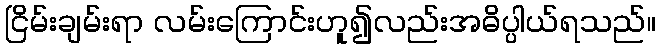
ငြိမ်းချမ်းရာ လမ်းကြောင်းဟူ၍လည်းအဓိပ္ပါယ်ရသည်။